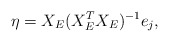
\begin{align*}\eta = X_E(X_E^T X_E)^{-1} e_j, \end{align*}